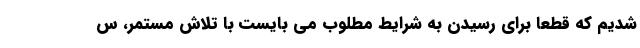
شدیم که قطعاً برای رسیدن به شرایط مطلوب می بایست با تلاش مستمر، س